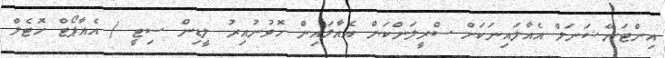
އިންޓަނޭޝަނަލް އެއާލައިނަކަށް ސްރީލަންކަން އެއާލައިން ހޮވުނުއިރު ލީޑިން ސިޓީ / އެއާޕޯޓް ހޮޓެލް